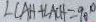
\angle C A H + \angle A C H = 9 0 ^ { \circ }